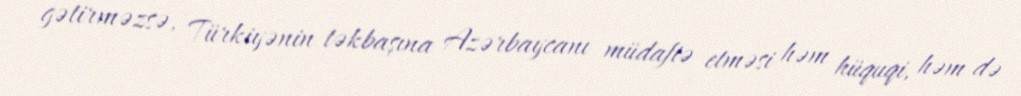
gətirməzsə, Türkiyənin təkbaşına Azərbaycanı müdafiə etməsi həm hüquqi, həm də